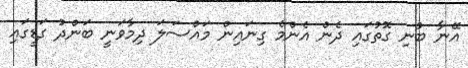
އޭނާ ބުނި ގޮތުގައި ދެން އެންމެ ގިނައިން މައްސަލަ ދިމާވަނީ ބަންދު ގަޑީގައި